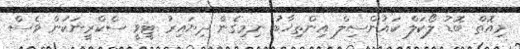
މިއޮތް ބޮޑު ލޯކަލް ކައުންސިލް އިންތިޚާބު ނިމިގެން ދިޔައިރު ޓީވީ ސްކްރީނަކުން ވެސް